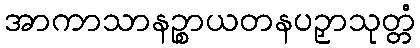
အာကာသာနဉ္စာယတနပဉှာသုတ္တံ